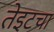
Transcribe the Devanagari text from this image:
तेइटचा